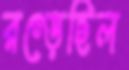
রগ্‌ড়েছিল